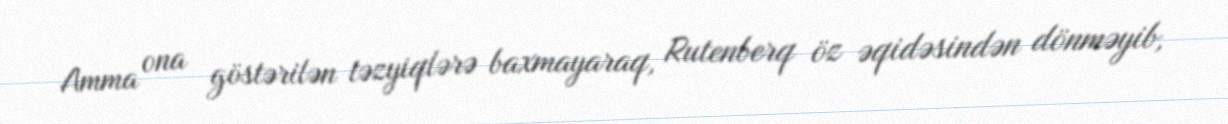
Amma ona göstərilən təzyiqlərə baxmayaraq, Rutenberq öz əqidəsindən dönməyib,